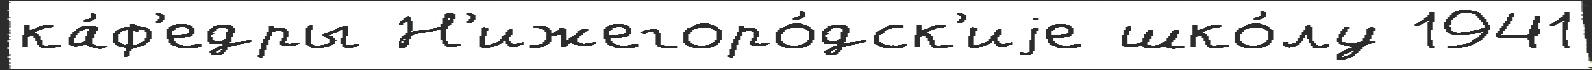
ка́ф'едры Н'ижегоро́дск'иjе шко́лу 1941